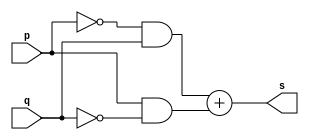
// ---------------------
// Exercicio06 - xor
// Nome: xxx yyy zzz
// ---------------------
// ---------------------
// -- xor gate
// ---------------------
module xorgate (output [0:3] s,
                         input  [0:3] p,
                         input  [0:3] q);
assign s = (~p&q)+(p&~q);
endmodule // xor
// ---------------------
// -- test xorgate
// ---------------------
module testxorgate;
// ------------------------- dados locais
   reg  [0:3] a,b; // definir registrador
wire [0:3] s;   // definir conexao (fio)
// ------------------------- instancia
   xorgate XOR1 (s, a, b);// ------------------------- preparacao
   initial begin:start
a=4'b0011;   // 4 valores binarios
            b=4'b0101;   // 4 valores binarios
   end
// ------------------------- parte principal
   initial begin:main
         $display("Exercicio06 - xxx yyy zzz - 999999");
         $display("Test xor gate");
$display("\n  a     ^    b    =     s\n");
         $monitor("%b ^ %b = %b", a, b, s);
  #1     a=0; b=0; 
  #1     a=0; b=1; 
  #1     a=1; b=0; 
  #1     a=1; b=1; 
 end
endmodule // testxorgate